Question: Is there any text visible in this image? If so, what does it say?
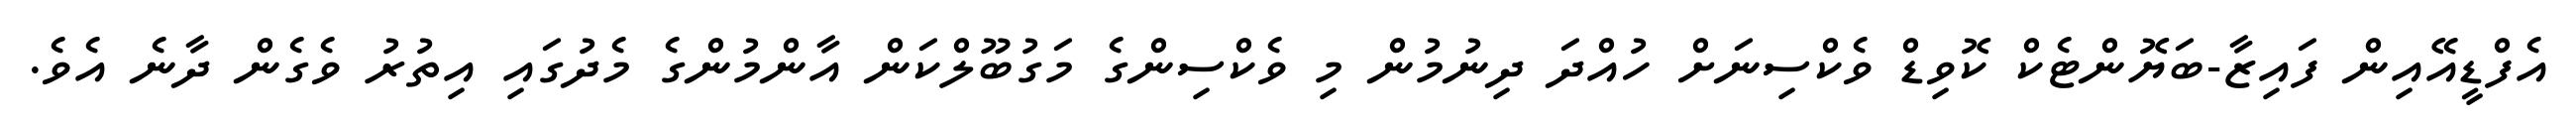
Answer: އެފްޑީއޭއިން ފައިޒާ-ބަޔޮންޓެކް ކޮވިޑް ވެކްސިނަށް ހުއްދަ ދިނުމުން މި ވެކްސިންގެ މަގުބޫލްކަން އާންމުންގެ މެދުގައި އިތުރު ވެގެން ދާނެ އެވެ.